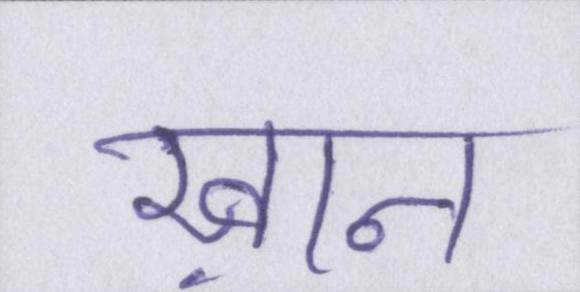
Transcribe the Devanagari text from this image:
ख़ान